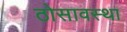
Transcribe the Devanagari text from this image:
ठोसावस्था